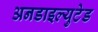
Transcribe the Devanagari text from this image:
अनडाइल्युटेड